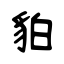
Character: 貃